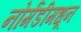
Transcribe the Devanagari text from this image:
नोर्मंडीमधून